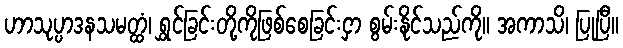
ဟာသုပ္ပာဒနသမတ္ထံ၊ ရွှင်ခြင်းတို့ကိုဖြစ်စေခြင်းငှာ စွမ်းနိုင်သည်ကို။ အကာသိ၊ ပြုပြီ။